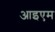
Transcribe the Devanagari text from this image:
आइएम